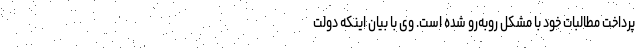
پرداخت مطالبات خود با مشکل روبه‌رو شده است. وی با بیان اینکه دولت